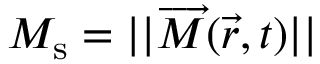
M _ { \mathrm { s } } = | | \overrightarrow { M } ( \vec { r } , t ) | |